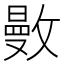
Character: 𢿜